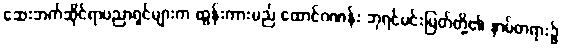
ဆေးဘက်ဆိုင်ရာပညာရှင်များက ထွန်းကားမည် ထောင်ဂဏန်း ဘုရင်မင်းမြတ်တို့၏ နာမ်တရား၌